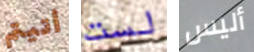
أتيتم لست أليس